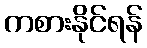
ကစားနိုင်ရန်